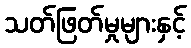
သတ်ဖြတ်မှုများနှင့်